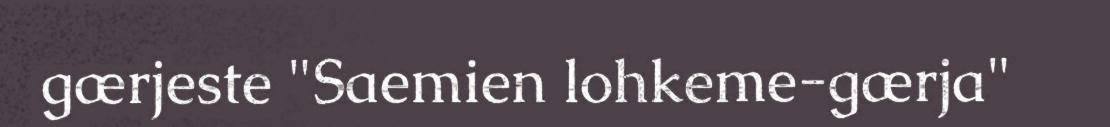
gærjeste "Saemien lohkeme-gærja"